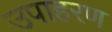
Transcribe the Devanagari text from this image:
उपाहरण